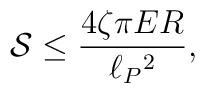
{\cal S}\leq {4\zeta\pi ER\over \ell_P{}^2},